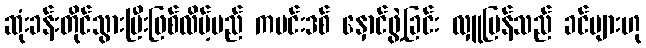
ဆုံးခန်းတိုင်သွားပြီးဖြစ်လိမ့်မည် ကဗင်းဒစ် နှောင်ဖွဲ့ခြင်း လှူပြန်သည် ခင်ဗျားဟု